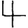
Digit: 4